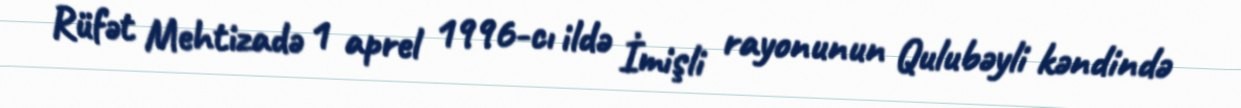
Rüfət Mehtizadə 1 aprel 1996-cı ildə İmişli rayonunun Qulubəyli kəndində